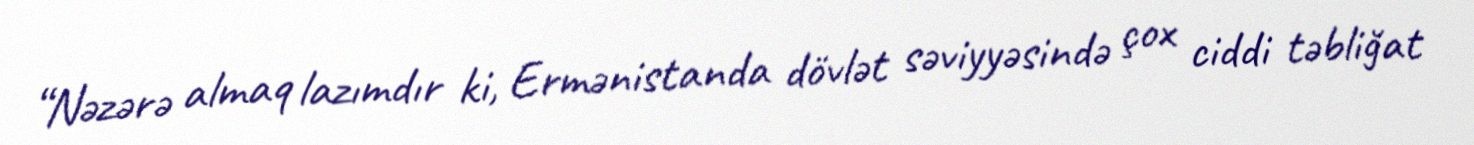
“Nəzərə almaq lazımdır ki, Ermənistanda dövlət səviyyəsində çox ciddi təbliğat